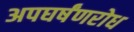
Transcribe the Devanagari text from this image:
अपघर्षंणरोध